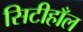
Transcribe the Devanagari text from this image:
सिटीहाँल